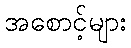
အစောင့်များ